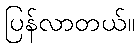
ပြန်လာတယ်။